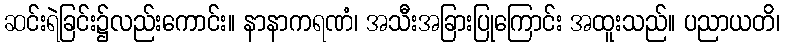
ဆင်းရဲခြင်း၌လည်းကောင်း။ နာနာကရဏံ၊ အသီးအခြားပြုကြောင်း အထူးသည်။ ပညာယတိ၊